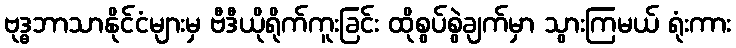
ဗုဒ္ဓဘာသာနိုင်ငံများမှ ဗီဒီယိုရိုက်ကူးခြင်း ထိုစွပ်စွဲချက်မှာ သွားကြမယ် ရုံးကား